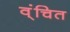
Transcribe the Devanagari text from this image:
व्ंचित